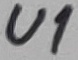
Text: U1